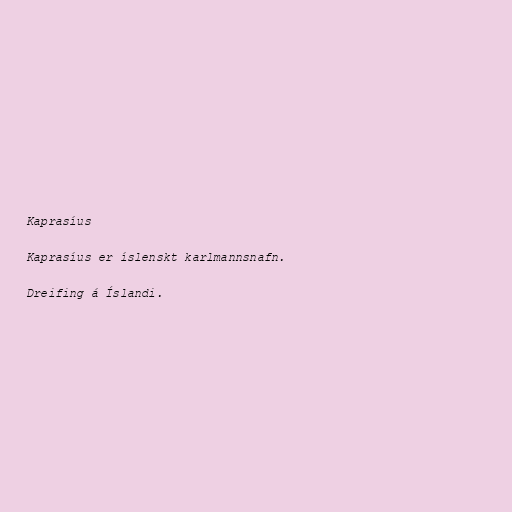
Kaprasíus

Kaprasíus er íslenskt karlmannsnafn.

Dreifing á Íslandi.